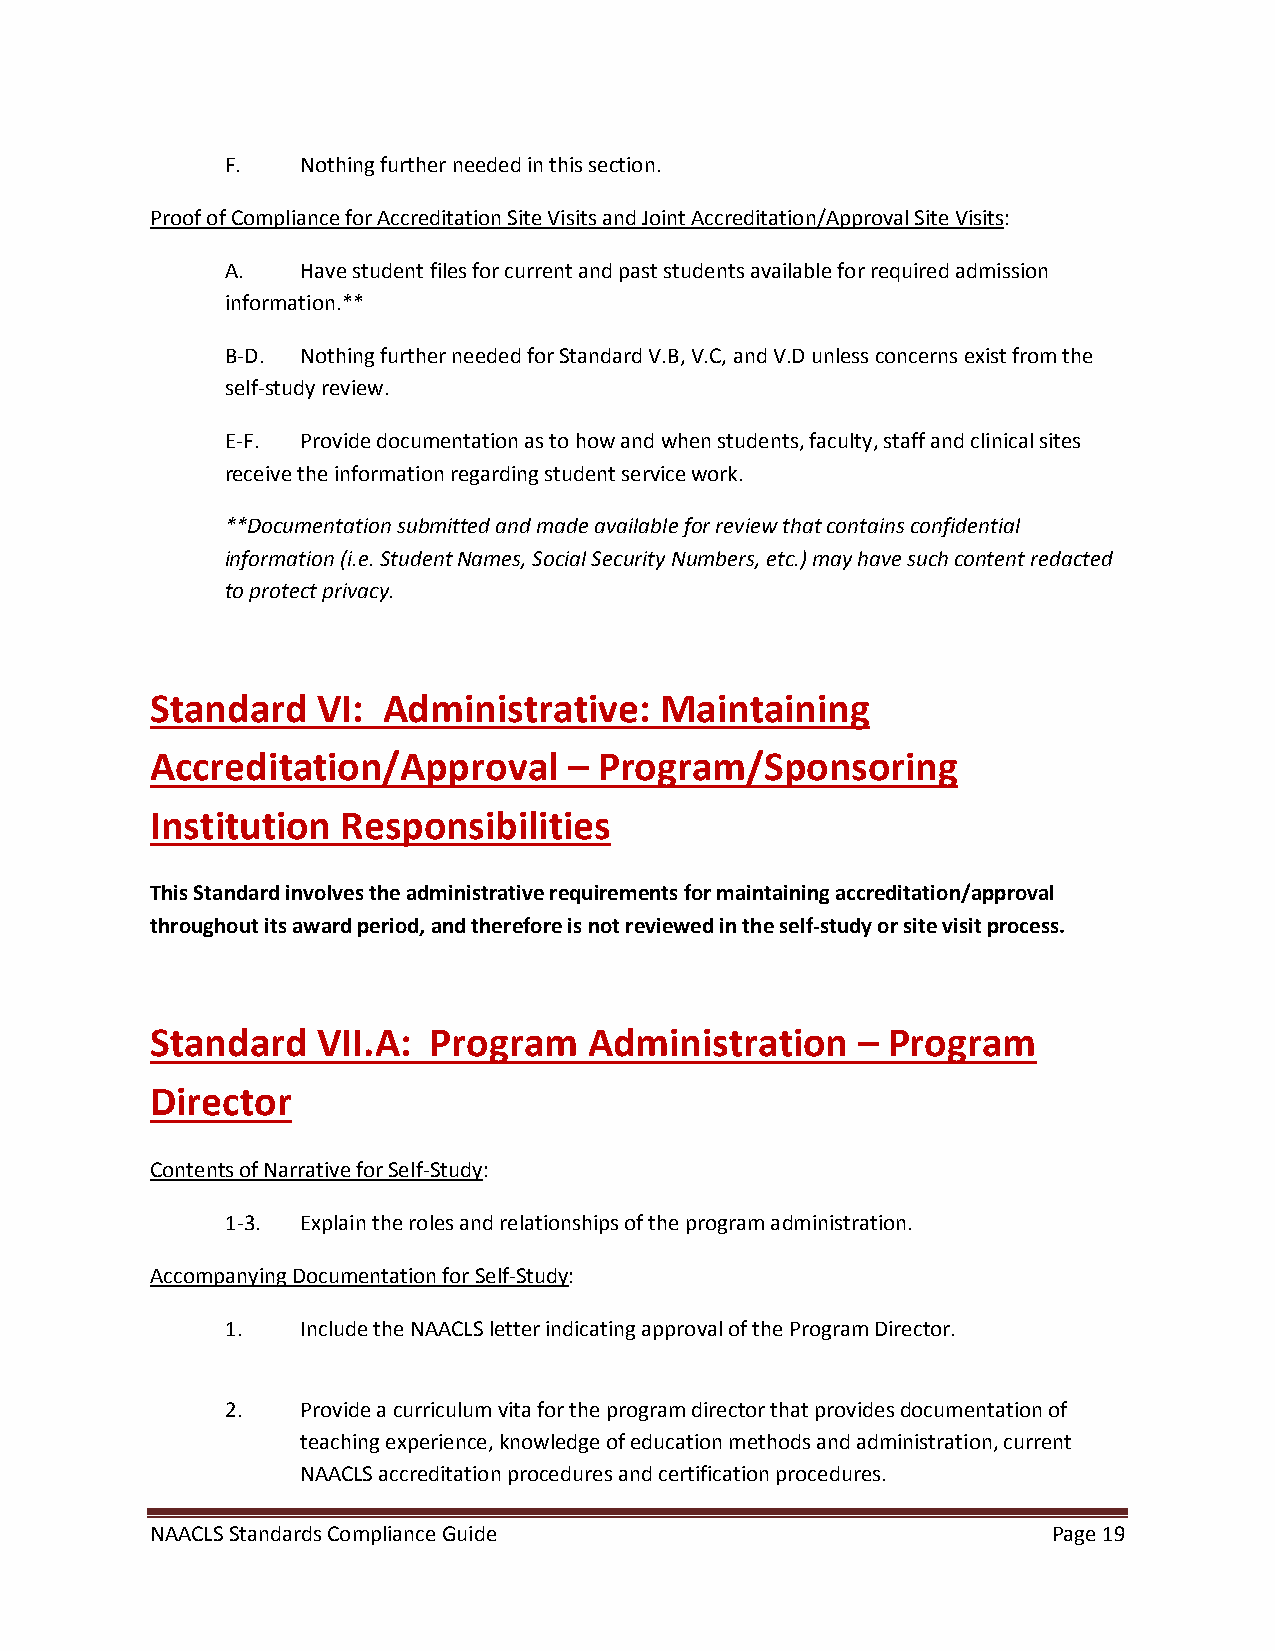
F.   Nothing further needed in this section.
 Proof of Compliance for Accreditation Site Visits and Joint Accreditation/Approval Site Visits:
 A.   Have student files for current and past students available for required admission
 information.**
 B-D. Nothing further needed for Standard V.B, V.C, and V.D unless concerns exist from the
 self-study review.
 E-F. Provide documentation as to how and when students, faculty, staff and clinical sites
 receive the information regarding student service work.
 **Documentation submitted and made available for review that contains confidential
 information (i.e. Student Names, Social Security Numbers, etc.) may have such content redacted
 to protect privacy.
 Standard   VI: Administrative:    Maintaining
 Accreditation/Approval      – Program/Sponsoring
 Institution  Responsibilities
 This Standard involves the administrative requirements for maintaining accreditation/approval
 throughout its award period, and therefore is not reviewed in the self-study or site visit process.
 Standard   VII.A: Program    Administration    – Program
 Director
 Contents of Narrative for Self-Study:
 1-3. Explain the roles and relationships of the program administration.
 Accompanying Documentation for Self-Study:
 1.   Include the NAACLS letter indicating approval of the Program Director.
 2.   Provide a curriculum vita for the program director that provides documentation of
 teaching experience, knowledge of education methods and administration, current
 NAACLS accreditation procedures and certification procedures.
 NAACLS Standards Compliance Guide                           Page 19